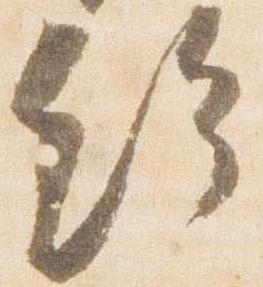
給